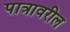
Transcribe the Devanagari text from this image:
पात्रावरील